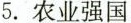
5.农业强国